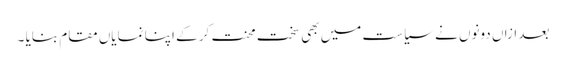
بعد ازاں دونوں نے سیاست میں بھی سخت محنت کر کے اپنا نمایاں مقام بنایا ۔